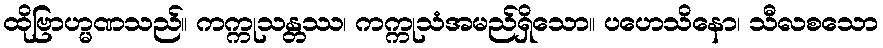
ထိုဗြာဟ္မဏသည်။ ကက္ကုသန္တဿ၊ ကက္ကုသံအမည်ရှိသော။ ပဟေသိနော၊ သီလစသော